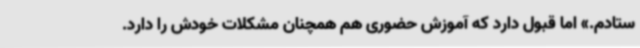
ستادم.» اما قبول دارد که آموزش حضوری هم همچنان مشکلات خودش را دارد.